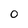
Character: 0